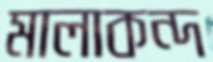
মালাকন্দ